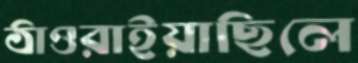
ঠাওরাইয়াছিলে